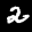
Label: 2